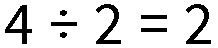
4 ÷ 2 = 2